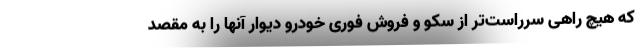
که هیچ راهی سرراست‌تر از سکو و فروش فوری خودرو دیوار آنها را به مقصد